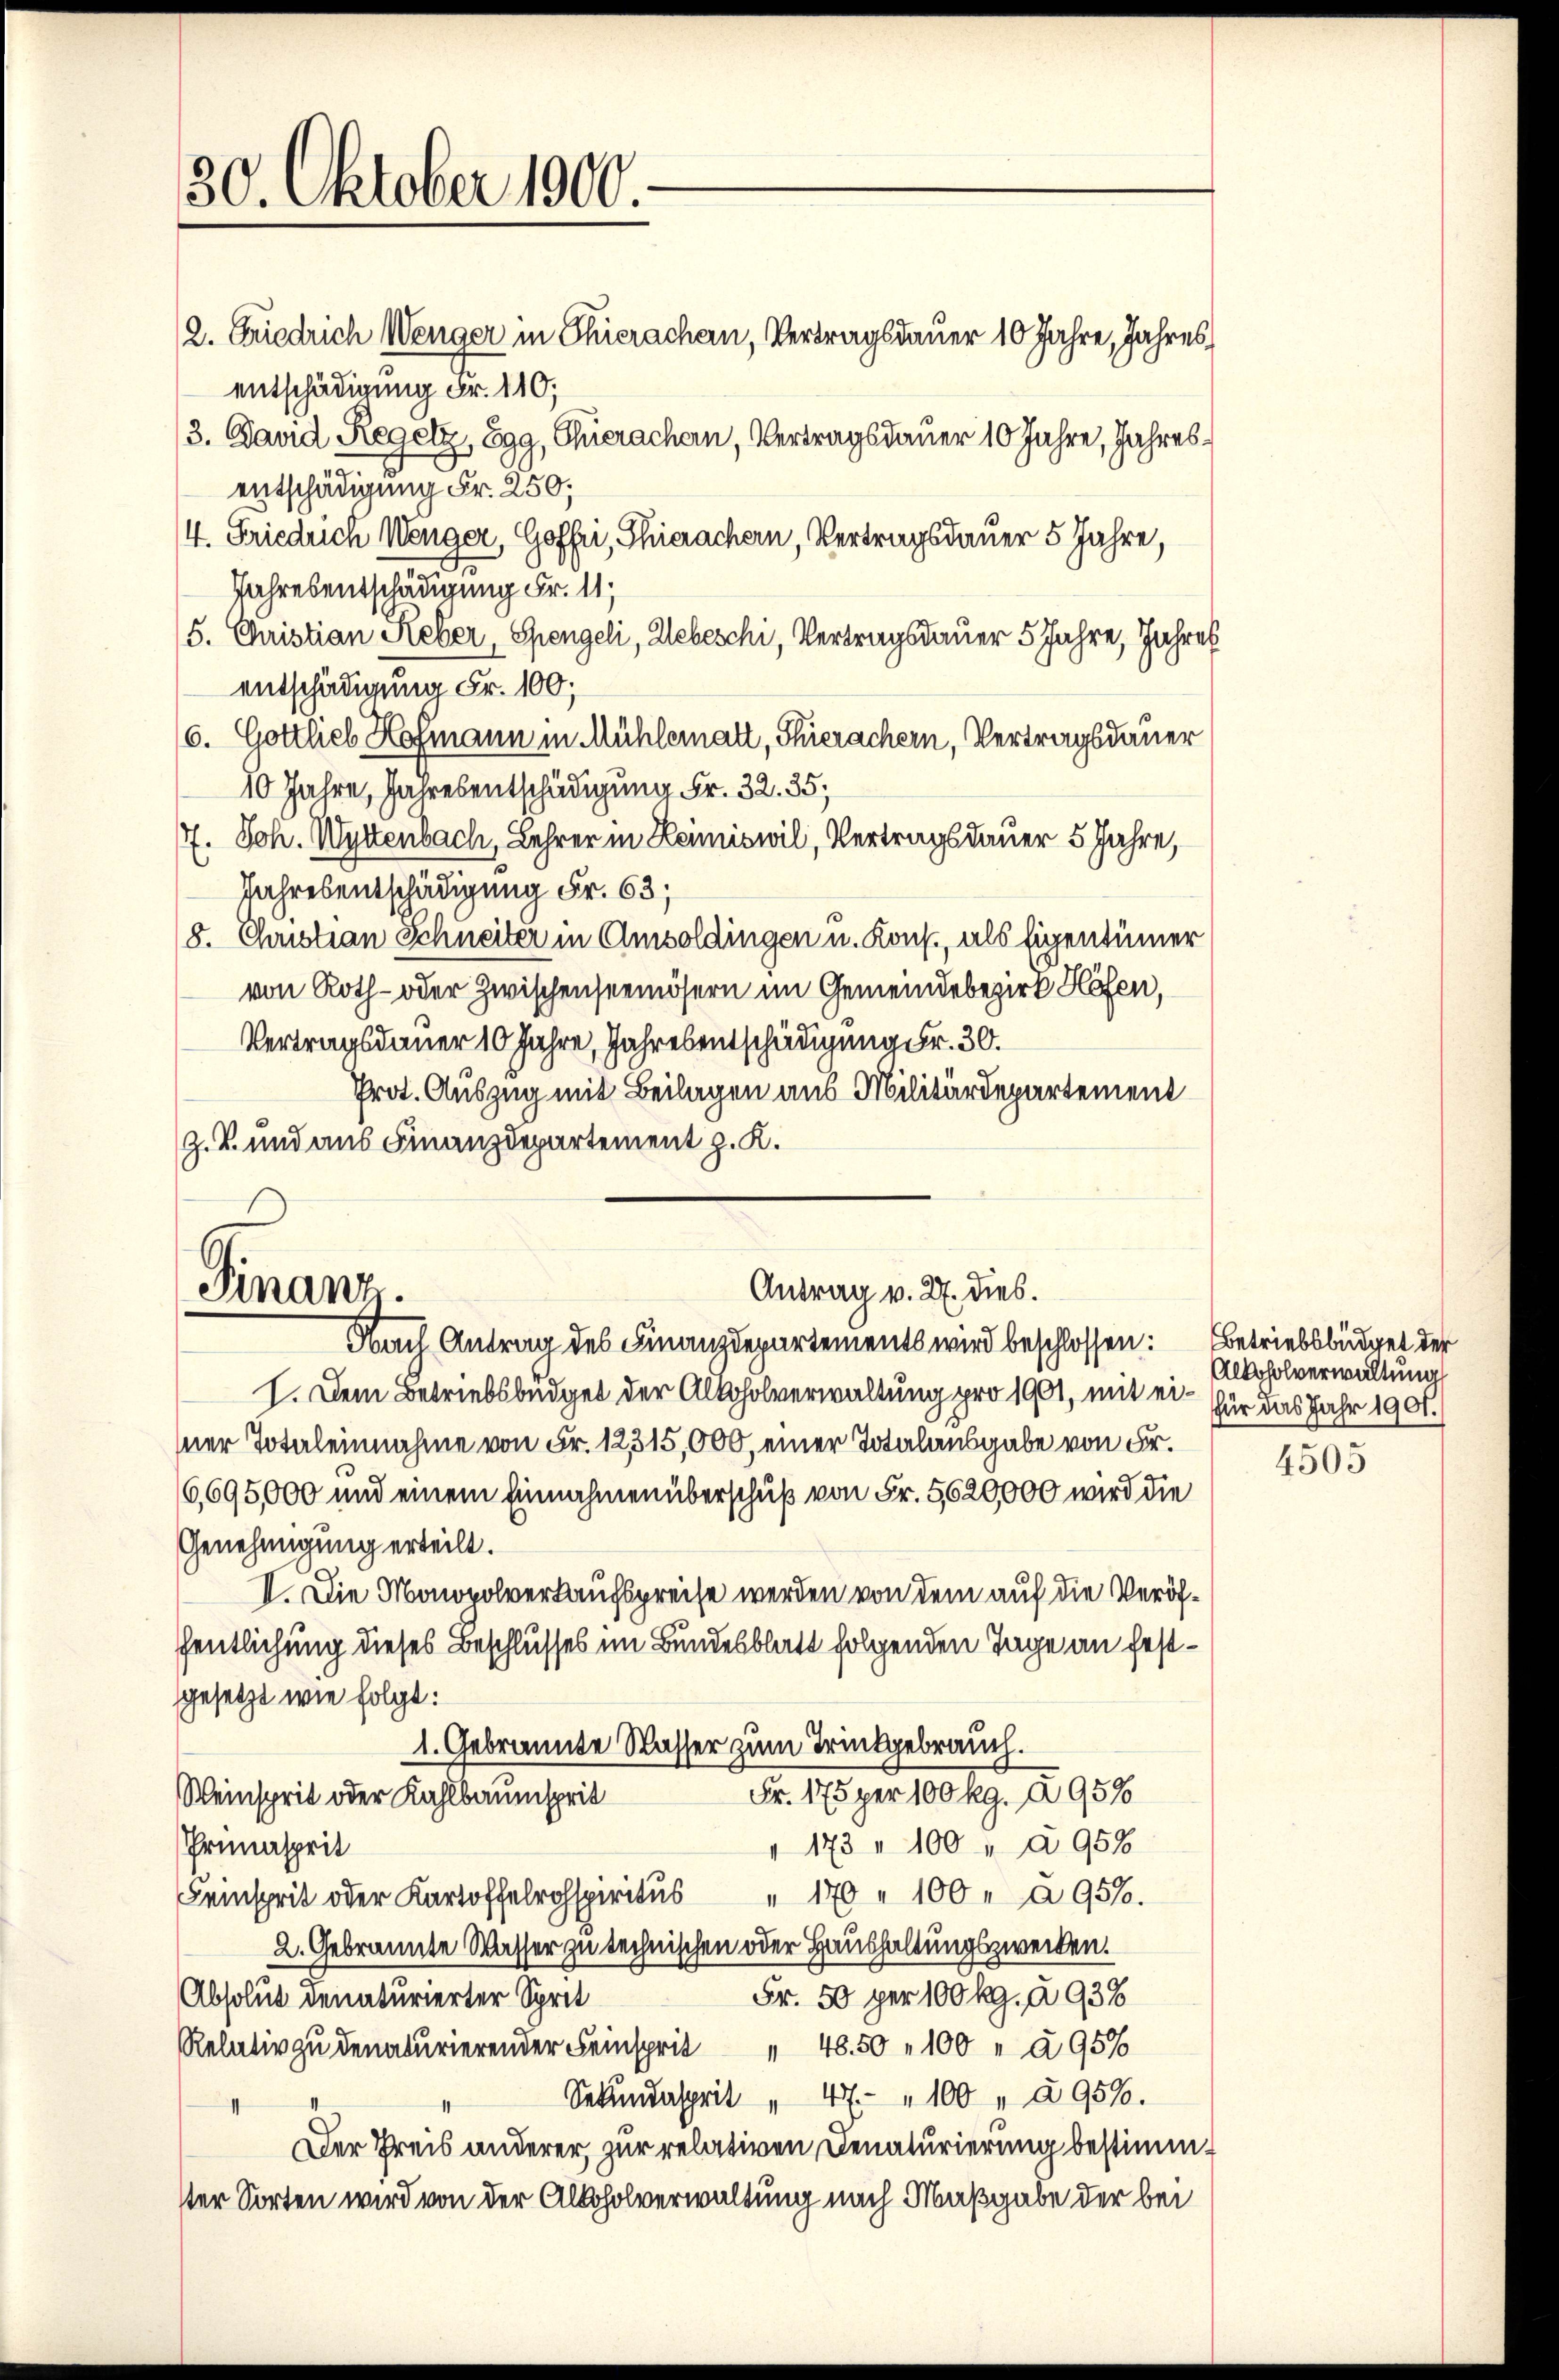
30. Oktober 1900.

2. Friedrich Wenger in Thierachern, Vertragsdauer 10 Jahre, Jahres,
entschädigung Fr. 110;
3. David Regelz, Egg, Thierachen, Vertragsdauer 10 Jahre, Jahresentschädigung Fr. 250;
4. Friedrich Menger, Goffri, Thierachern, Vertragsdauer 5 Jahre,
Jahresentschädigung Fr. 11.
5. Christian Heber Spengeli, Webeschi, Vertragsdauer 5 Jahre, Jahres
entschädigung Fr. 100;
6. Gottlieb Hofmann in Mühlematt, Thierachern, Vertragsdauer
10 Jahre, Jahresentschädigung Fr. 32. 35,
17. Joh. Wettenbach, Lehrer in Henniswil, Vertragsdauer 5 Jahre,
Jahresentschädigung Fr. 63;
/8. Christian Schneiter in Amsoldingen u. Kons., als Eigentümer
von Roth- oder Zwischenseemösern im Gemeindebezirk Höfen,
Vertragsdauer 10 Jahre, Jahresentschädigung Fr. 30.
Prot. Auszug mit Beilagen aus Militärdepartement
z. B. und aus Finanzdepartement z. K.
Finanz.
Antrag v. 27. dies.
Nach Antrag des Finanzdepartements wird beschlossen: Betriebsbüdget der
I. Dem Betriebsbüdget der Alkoholverwaltung pro 1901, mit ei- für das Jahr 1901.
sner Totaleinnahme von Fr. 12315,000, einer Totalausgabe von Fr.
16,695,000 und einem Einnahmen überschuß von Fr. 5620,000 wird die
Genehmigung erteilt.
II. Die Monopolverkaufspreise werden von dem auf die Veröffentlichung dieses Beschlusses im Bundesblatt folgenden Tage an festgesetzt wie folgt:
1. Gebrannte Wasser zum Trinkgebrauch.
Fr. 175 per 100 kg. 2958
Weinsprit oder Kahlbaumsprit
" 173 " 100 " à 958
Primasprit
einsprit oder Kartoffelspiritus " 170 " 100 " à 9500.
2. Gebrannte Wasser zu technischen oder Haushaltungszwecken.
Fr. 50 per 100 kg. à 938
Absolut denaturierter Sprit
Relativ zu denaturierender Feinsprit " 48.50 " 100 " à 95%
Sekundasprit " 47 " 100 " à 958.
Der Preis anderer, zur relativen Denaturierung bestimmster Sorten wird von der Alkoholverwaltung nach Maßgabe der bei

Alkoholverwaltung

4505